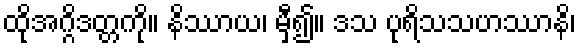
ထိုအဂ္ဂိဒတ္တကို။ နိဿာယ၊ မှီ၍။ ဒသ ပုရိသသဟဿာနိ၊